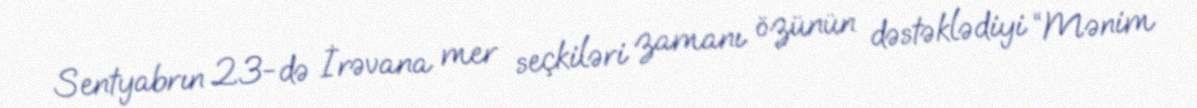
Sentyabrın 23-də İrəvana mer seçkiləri zamanı özünün dəstəklədiyi “Mənim